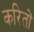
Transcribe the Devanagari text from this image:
करितों